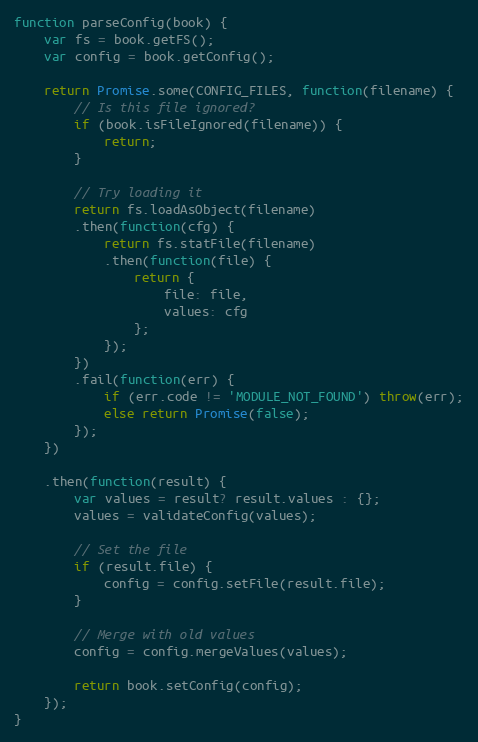
Language: JavaScript
function parseConfig(book) {
    var fs = book.getFS();
    var config = book.getConfig();

    return Promise.some(CONFIG_FILES, function(filename) {
        // Is this file ignored?
        if (book.isFileIgnored(filename)) {
            return;
        }

        // Try loading it
        return fs.loadAsObject(filename)
        .then(function(cfg) {
            return fs.statFile(filename)
            .then(function(file) {
                return {
                    file: file,
                    values: cfg
                };
            });
        })
        .fail(function(err) {
            if (err.code != 'MODULE_NOT_FOUND') throw(err);
            else return Promise(false);
        });
    })

    .then(function(result) {
        var values = result? result.values : {};
        values = validateConfig(values);

        // Set the file
        if (result.file) {
            config = config.setFile(result.file);
        }

        // Merge with old values
        config = config.mergeValues(values);

        return book.setConfig(config);
    });
}